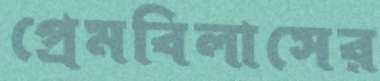
প্রেমবিলাসের